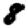
Digit: 8